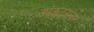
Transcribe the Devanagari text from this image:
डॉकटराना